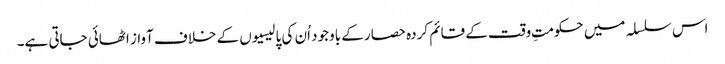
اس سلسلہ میں حکومتِ وقت کے قائم کردہ حصار کے باوجود اُن کی پالیسیوں کے خلاف آواز اٹھائی جاتی ہے۔